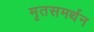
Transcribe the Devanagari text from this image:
मृतसमर्थन